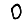
Digit: 0